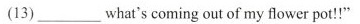
(13) ___ what's coming out of my flower pot!!"